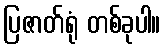
ပြဇာတ်ရုံ တစ်ခုပါ။